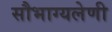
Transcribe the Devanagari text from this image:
सौभाग्यलेणी